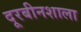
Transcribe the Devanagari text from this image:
दूरबीनशाला